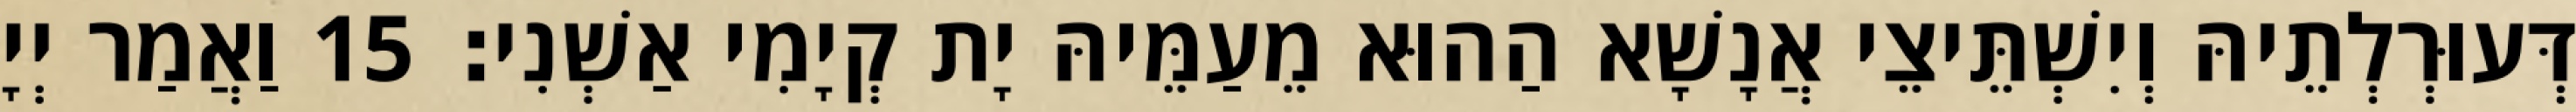
דְּעוּרְלְתֵיהּ וְיִשְׁתֵּיצֵי אֲנָשָׁא הַהוּא מֵעַמֵּיהּ יָת קְיָמִי אַשְׁנִי׃ 15 וַאֲמַר יְיָ